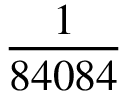
\frac { 1 } { 8 4 0 8 4 }